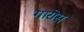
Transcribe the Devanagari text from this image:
गारोस